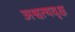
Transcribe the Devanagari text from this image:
अश्वत्थवृक्ष